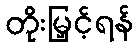
တိုးမြှင့်ရန်